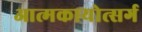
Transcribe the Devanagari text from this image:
आत्मकायोत्सर्ग